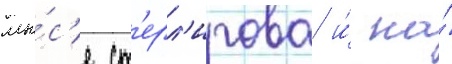
мы́с'е ст'ерл'игова и́ на́